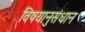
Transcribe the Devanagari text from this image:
विषयानुसंधान